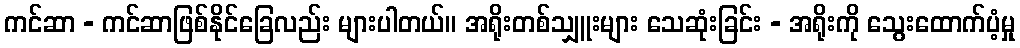
ကင်ဆာ - ကင်ဆာဖြစ်နိုင်ခြေလည်း များပါတယ်။ အရိုးတစ်သျှူးများ သေဆုံးခြင်း - အရိုးကို သွေးထောက်ပံ့မှု